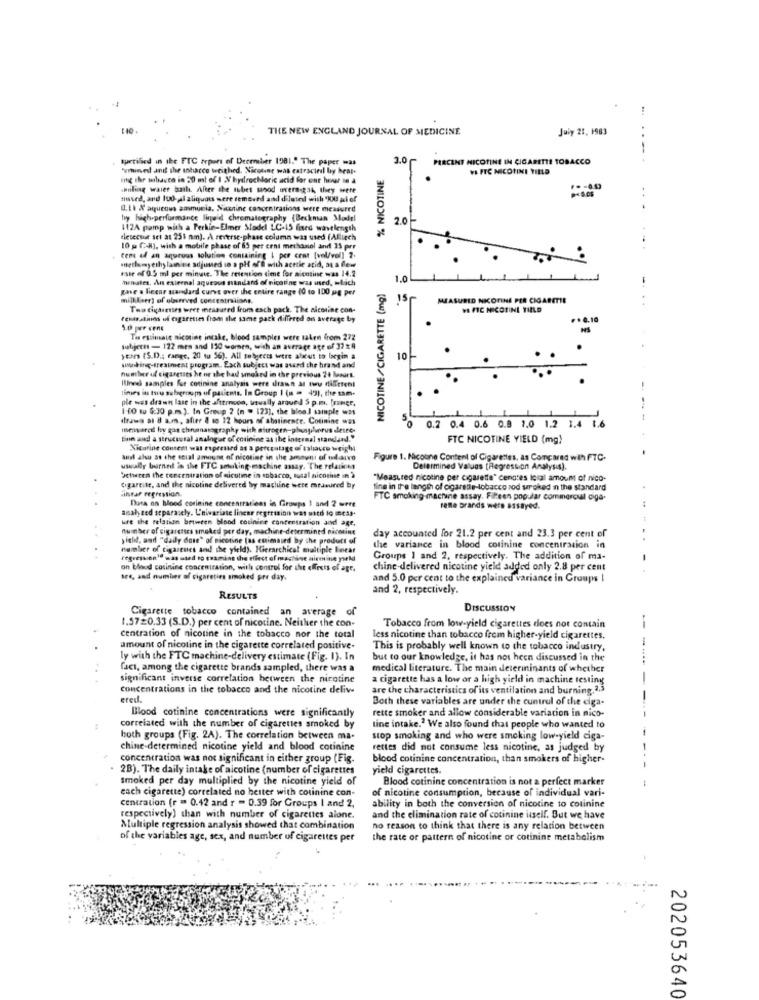
THE NEW ENGLAND JOURNAL OF MEDICINE
July 21, 1983
..==
turtillicd in the FTC repon of December 1981." The paper mas
% NICOTINE
3.0
PERCENT NICOTINE IN CIGARETTE TOBACCO
"mined and the tobacco weighed. Nicotine was extracied by heat.
VA FTC NICOTINI YIELD
ing thr tobacco in 20 ml of I N hydrochloric acid for one hour se a
.Puling waier ball. After the tubet wood overn-gat, they were
shaved, and lud-di aliquots were removed and diluted with 200 al of
4.1. X aqueous ammonia. Nicotine concentrations were measured
hy high-perfummance liquid chromatography (Beckman Model
20
112A pamp with a Perkin-Elmer Model LC-15 fined wavelength
dlesector sel at 251 nm). A reverse-phase column was used (Alliech
10 g CR), with a mobile phase of 69 per cent methanol and 35 prr
tens ad an aquruas solution containing | per cent [vel/vol) ?.
rate of 0.5 ml per minute. The retention time for nicotine was 14.2
eethuisyethy lamnive sdjused so a pH off with acetic acid, a a few
minutes, An external aqueous standard of nicotine was used, mlaich
NICOTINE/CIGARETTE (mg)
1.0
gave a liecar sandard curve over the entire range (0 to 100 mg per
15
MEASURED NICOTINE PER CIGARETIE
Tao cigarettes were measured from each pack. The nicotine con-
WE FTC NICOTINI YIELD
Penasations of cigarettes from the same pack differed on average by
₹ .4.10
Tis estimate nicotine intake, blood samples were taken from 272
subjects - 122 mes and 130 women, with an average age of 37 29
ycon (S.D .; range, 20 tu 56). All subjects were alxut to login a
10
woonking-fresiniest program. Each subject was asked the brand and
number of cigarettes he or the bad smoked in the previous 24 Mapart.
Ilinech samples for cotinine analysis were drawn at two different
times in turu subgroups of patients. In Group I (n = 42), the sam-
ple was drawn lase in the afternoon, usually arque d S p.m. [ramgr.
1 0 to 5:30 p.m.). In Group 2 (n = 123), the blee] sample was
(ttawa al & a.m. after & so 12 hours of abstinence. Colinine was
5
0.2 0.4 0.6 0.8 1.0 1.2 3.4 1.6
mmyared by gas chromatography with nitrogen-phusplvirus deste-
tium and a structural analoger of cotinine as the internal standard."
FTC NICOTINE YIELD (mg)
Nicotine content was expressed as a percentage of tabacco weight
and also as the ecual amount of nicotine in the amount of udaivo
Figure 1. Nicoune Content of Cigarettes, as Compared with FTC-
wwwally burnet in the ETC smoking-machine assay. The relations
Determined Values [Regression Analysis).
Getiren the concentration of sicutime in tobacco, musal nicotine in >
"Measured nicotine per cigarette" cenotes losal amount of nico-
Ogareite, and the nicotine delivered by machine were measured by
linear regression.
ting in the length of cigaredie-tobacco rod seroked in the standard
Dosa on blood corinine concentrations in Groups 1 and 2 urre
FTC smoking machune assay. Fifteen popular commercial ciga-
analy zed separately. L'nivariate linear regression was uitd lo meas.
refle brands were assayed.
ure the relation between blood cotinine concentration and age,
number of cigaretses smoked per day, machine-determined nicotine
sicht, and "daily dose" of nicotine (as estimated by the product of
day accounted for 21.2 per cent and 23.3 per cent of
number of Cigarcues and the yield). Hierarchical multiple Encar
the variance in blood corinine concentration in
regress onle was used to examine the effect of machine aireine yield
Groups 1 and 2, respectively. The addition of ma-
on blood cosinine concentration, with control for the effects of age.
chine-delivered nicotine yield added only 2.8 per cent
fre, and number of cigarettes smoked per day.
and 5.0 per cent to the explained variance in Groups I
and 2, respectively.
RESULTS
Cigarette tobacco contained an average
of
DISCUSSION
1.57=0.33 (S.D.) per cent of nicotine. Neither the con-
Tobacco from low-yield cigarettes does not contain
-
centration of nicotine in the tobacco nor the total
less nicotine than tobacco from higher-yield cigarettes.
amount of nicotine in the cigarette correlated positive-
This is probably well known to the tobacco industry,
ly with the FTC machine-delivery estimate (Fig. 1). In
but to our knowledge, it has not heen discussed in the
faci, among the cigarette brands sampled, there was a
medical literature. The main delerininants of whether
significant inverse correlation between the nicotine
a cigarette has a low or a high yield in machine testing
concentrations in the tobacco and the nicotine delive
are the characteristics of its ventilation and burning.2,3
ered.
Both these variables are under the control of the ciga-
Blood cotinine concentrations were significantly
rette smoker and allow considerable variation in nico-
correlated with the number of cigarettes smoked by
tine intake." We also found that people who wanted to
both groups (Fig. 2A). The correlation between ma-
stop smoking and who were smoking low-yield ciga-
chine-determined nicotine yield and blood cotinine
rettes did not consume less nicotine, as judged by
concentration was not significant in either group (Fig.
blood cotinine concentration, than smokers of higher-
. 2B). The daily intake of nicotine (number of cigarettes
yield cigarettes.
smoked per day multiplied by the nicotine yield of
Blood cotinine concentration is not a perfect marker
cach cigarette) correlated no hester with cotinine con-
of nicotine consumption, because of individual vari-
centration (r = 0.42 and r - 0.39 for Groups I and 2,
ability in both the conversion of nicotine to colinine
respectively) than with number of cigarettes alone.
and the elimination rate of cotinine usell. But we have
Multiple regression analysis showed that combination
no reason to think that there is any relation between
of the variables age, sex, and number of cigarettes per
the rate or pattern of nicotine or cotinine metabolism
202053640